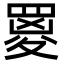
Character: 䍟